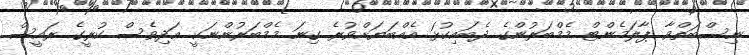
ނިސްބަތްވާ ޕާލަމެންޓް މެމްބަރުންގެ ދެބައިކުޅަ އެއްބަޔަށްވުރެ ގިނަ މެމްބަރުންނަކީ އަދިވެސް ކުރީގެ ރައީސް